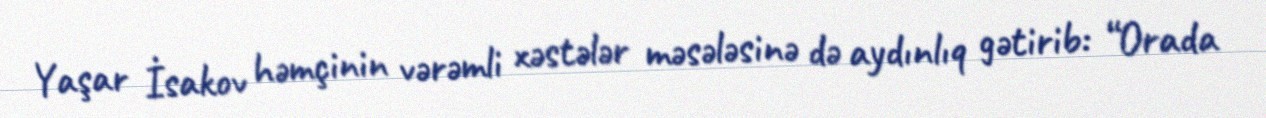
Yaşar İsakov həmçinin vərəmli xəstələr məsələsinə də aydınlıq gətirib: “Orada